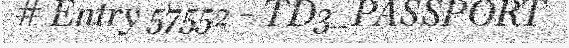
# Entry 57552 - TD3_PASSPORT